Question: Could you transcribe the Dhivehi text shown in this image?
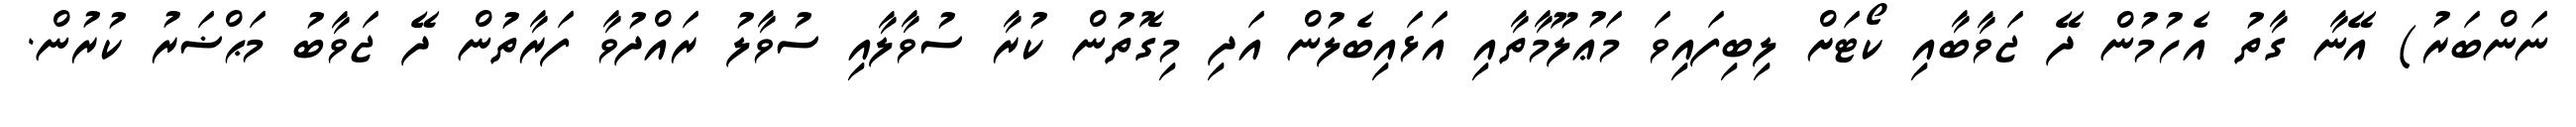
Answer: ނަންބަރު) އޭނާ ގާތު އެހުމުން ދޭ ޖަވާބާއި ކޯޓަށް ލިބިފައިވަ މަޢުލޫމާތާއި އަޅައިބެލުން އަދި މިގޮތުން ކުރާ ސުވާލާއި ސުވާލު ރައްދުވާ ފަރާތުން ދޭ ޖަވާބު މަޙްޟަރު ކުރުން.